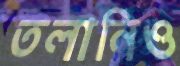
তলানিও